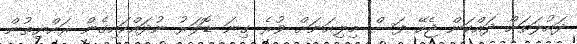
ދައުލަތަށް ދައްކަން ޖެހޭ ފަސް މިލިއަނަށް ވުރެ ގިނަ ޑޮލަރު ނުދައްކައިގެން ރައްޔިތުން